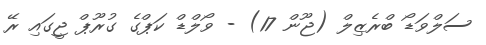
ސަލްވަޑޯ ބްރެޒިލް (ޖޫން 17) - ވޯލްޑް ކަޕްގެ ގުރޫޕް ޖީގައި ރޭ